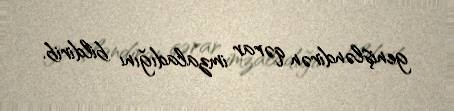
genişləndirən qərar imzaladığını bildirib.